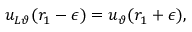
u _ { L \vartheta } ( r _ { 1 } - \epsilon ) = u _ { \vartheta } ( r _ { 1 } + \epsilon ) ,